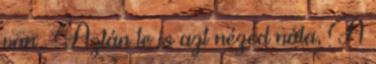
van . Aztán te is azt nézed nála, A